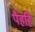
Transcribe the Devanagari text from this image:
पैहहि